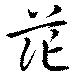
茫